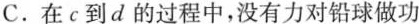
C.在c到d的过程中，没有力对铅球做功